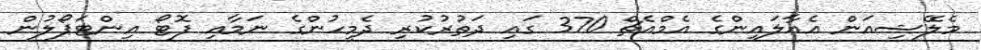
މެލޭޝިއަން އެއާލައިންގެ އެމްއެޗް 370 ގައި ދަތުރުކުރި ދެމީހުންގެ ނަމާއި ފޮޓޯ އިންޓަޕޯލުން